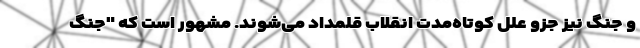
و جنگ نیز جزو علل کوتاه‌مدت انقلاب قلمداد می‌شوند. مشهور است که "جنگ